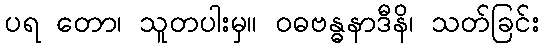
ပရ တော၊ သူတပါးမှ။ ဝဓဗန္ဓနာဒီနိ၊ သတ်ခြင်း